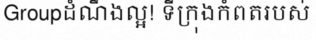
Groupដំណឹងល្អ! ទីក្រុងកំពតរបស់